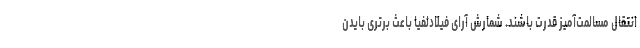
انتقال مسالمت‌آمیز قدرت باشند. شمارش آرای فیلادلفیا باعث برتری بایدن